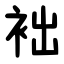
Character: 袦